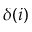
\delta ( i )